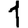
Digit: 1